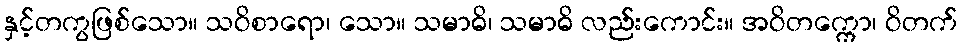
နှင့်တကွဖြစ်သော။ သဝိစာရော၊ သော။ သမာဓိ၊ သမာဓိ လည်းကောင်း။ အဝိတက္ကော၊ ဝိတက်